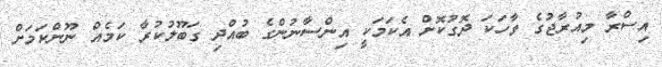
އިސްރާ މިއުރާޖުގެ ވާހަކަ ދޮގުކޮށް އެކަމަކީ އިންސާނުންގެ ބުއްދި ގަބޫލުކުރާ ކަމެއް ނޫންކަމަށް